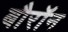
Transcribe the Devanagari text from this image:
बौरॉन